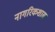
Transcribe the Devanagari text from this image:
नागरिकशास्र